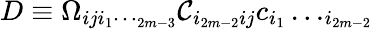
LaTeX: D\equiv\Omega_{iji_{1}\dotsi_{2m-3}}\mathcal{C}_{i_{2m-2}ij}c_{i_{1}}\dotsc_{i_{2m-2}}